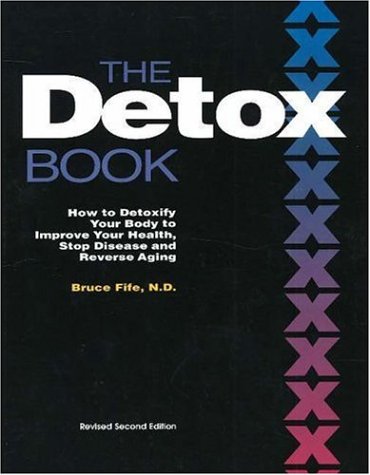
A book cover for The Detox Book: How to Detoxify Your Body to Improve Your Health, Stop Disease, and Reverse Aging, 2nd Edition; Bruce Fife; Medical Books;